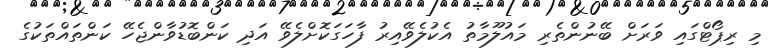
މި ރިޕޯޓްގައި ވަރަށް ބޭނުންތެރި މައުލޫމާތު އެކުލެވޭއިރު ފާހަގަކޮށްލެވޭ އަދި ކަންބޮޑުވާންޖެހޭ ކަންތައްތަކުގެ